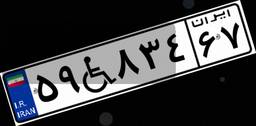
۸۷W۱۱۷۸۹